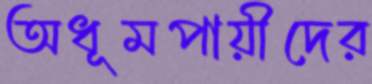
অধূমপায়ীদের